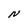
Character: N